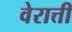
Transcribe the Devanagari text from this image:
वेरात्ती